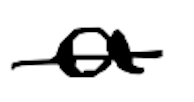
Text: a
Cross-out: single-line
Writing tool: digital_black